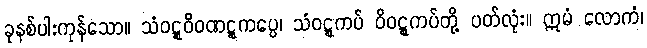
ခုနစ်ပါးကုန်သော။ သံဝဋ္ဋဝိဝဏဋ္ဋကပ္ပေ၊ သံဝဋ္ဋကပ် ဝိဝဋ္ဋကပ်တို့ ပတ်လုံး။ ဣမံ လောကံ၊